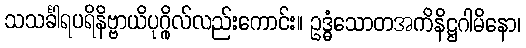
သသင်္ခါရပရိနိဗ္ဗာယိပုဂ္ဂိုလ်လည်းကောင်း။ ဥဒ္ဓံသောတအကိနိဋ္ဌဂါမိနော၊